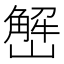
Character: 𱜒